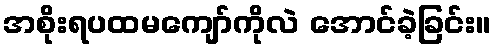
အစိုးရပထမကျော်ကိုလဲ အောင်ခဲ့ခြင်း။